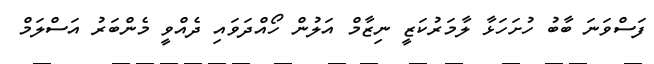
ފަސްވަނަ ބާބު ހުށަހަޅާ ލާމަރުކަޒީ ނިޒާމް އަލުން ހޯއްދަވައި ދެއްވީ މެންބަރު އަސްލަމް